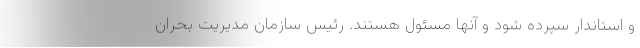
و استاندار سپرده شود و آنها مسئول هستند. رئیس سازمان مدیریت بحران